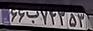
۶۶ب۷۴۳۵۳